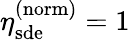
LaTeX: \eta_{\mathrm{sde}}^{\mathrm{(norm)}}=1